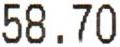
58.70